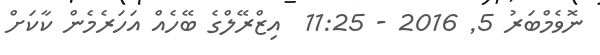
ނޮވެމްބަރު 5